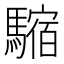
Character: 𩥿